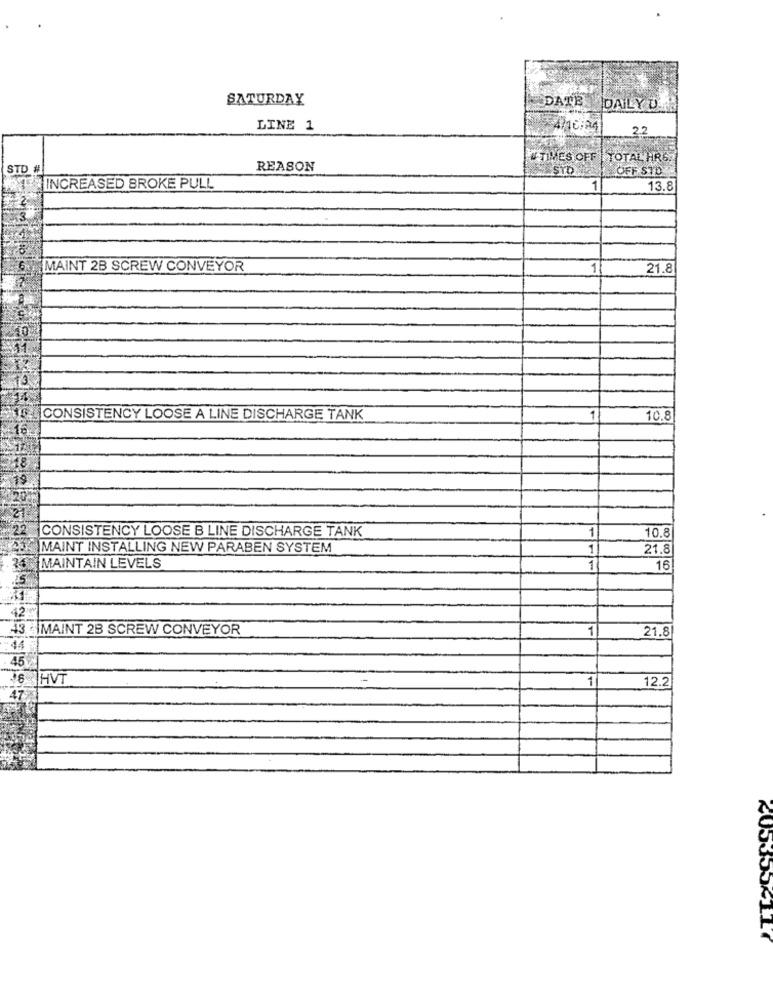
SATURDAY
DATE
DAILY D
LINE 1
4/16:34
22
# TIMES OFF | TOTAL HR6.
STD #
REASON
STO OFF STD
INCREASED BROKE PULL
1
13.8
MAINT 2B SCREW CONVEYOR
1
21.8
CONSISTENCY LOOSE A LINE DISCHARGE TANK
1
10.8
CONSISTENCY LOOSE B LINE DISCHARGE TANK
1
10.8
MAINT INSTALLING NEW PARABEN SYSTEM
1
21.8
MAINTAIN LEVELS
1
16
43 |MAINT 2B SCREW CONVEYOR
1
21.8
44
45
HVI
1
12.2